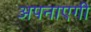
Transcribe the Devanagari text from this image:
अपनाएगी